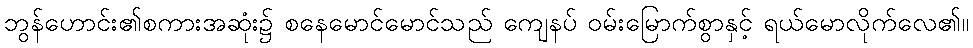
ဘွန်ဟောင်း၏စကားအဆုံး၌ စနေမောင်မောင်သည် ကျေနပ် ဝမ်းမြောက်စွာနှင့် ရယ်မောလိုက်လေ၏။